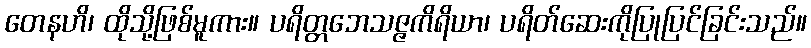
တေနဟိ၊ ထိုသို့ဖြစ်မူကား။ ပရိတ္တဘေသဇ္ဇကိရိယာ၊ ပရိတ်ဆေးကိုပြုပြင်ခြင်းသည်။